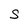
Character: S